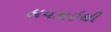
ઠાવકાઇથી